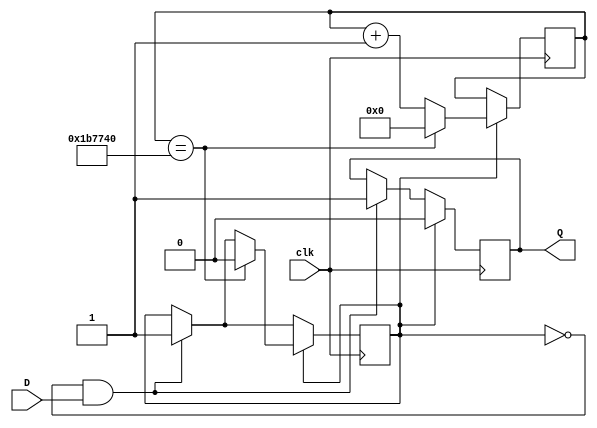
/*
    02/12/2024 Joseph A. De Vico
*/

module button_debouncer
#(
    parameter SYSCLK_FREQ = 12000000,
    parameter DEBOUNCE_DELAY = 0.150
)(
    input       clk,
    input       D,
    output reg  Q
);

    localparam DELAY_CYCLES_DB  =  $rtoi($floor(SYSCLK_FREQ * DEBOUNCE_DELAY));
    localparam DELAY_CT_BITS    =  $clog2(DELAY_CYCLES_DB);

    reg [(DELAY_CT_BITS - 1):0] delay_ctr;
    reg timeout_indic;

    initial begin
        Q               = 0;
        delay_ctr       = 0;
        timeout_indic   = 0;
    end


    always @ (posedge clk) begin
        if(!timeout_indic && D) begin 
            timeout_indic   <= 1;
            Q               <= 1;
        end

        if(timeout_indic) begin
            Q               <= 0;
            
            if(delay_ctr == DELAY_CYCLES_DB) begin
                timeout_indic   <= 0;
                delay_ctr       <= 0;
            end
            else delay_ctr      <= delay_ctr + 1;
        end

    end


endmodule